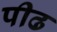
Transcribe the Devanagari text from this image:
पीढ